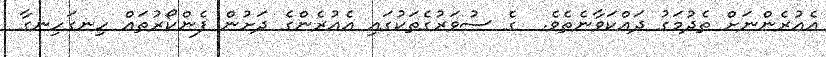
އެއުރެންނަށް ތެދުމަގު ދައްކަވާނެތެވެ.  ގެ ސުވަރުގެތަކުގައި އެއުރެންގެ ދަށުން ފެންކޯރުތައް ހިނގަހިނގާ